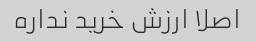
اصلا ارزش خرید نداره